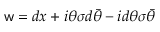
{ \sf w } = d x + i \theta \sigma d \bar { \theta } - i d \theta \sigma \bar { \theta }